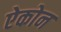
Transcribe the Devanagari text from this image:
ऐकोन